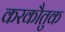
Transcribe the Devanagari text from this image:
करकौतुक